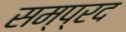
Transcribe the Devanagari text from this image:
सम्प्रद